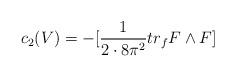
LaTeX: \begin{align*}c_{2}(V)= -[\frac{1}{2 \cdot 8\pi^{2}} tr_{f} F \wedge F] \end{align*}